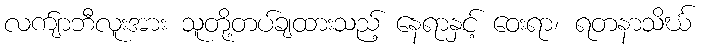
လက်ျာဘီလူးအား သူတို့တပ်ချထားသည့် နေရာနှင့် ဝေးရာ၊ ရတနာသိင်္ဃ